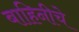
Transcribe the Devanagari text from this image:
बाहिनीचे